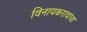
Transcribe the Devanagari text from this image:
विनायकरावांचा